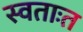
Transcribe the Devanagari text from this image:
स्वताःत